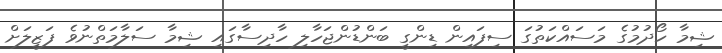
ޝިމާ ހޯދުމުގެ މަސައްކަތުގަ ސިފައިން ޑިންގީ ބަންޑުންޖަހާލި ހާދިސާގައި ޝިމާ ސަލާމަތްނުވެ ފަޒީލަށް